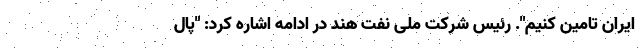
ایران تامین کنیم". رئیس شرکت ملی نفت هند در ادامه اشاره کرد: "پال